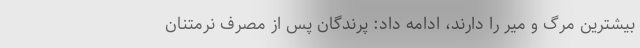
بیشترین مرگ و میر را دارند، ادامه داد: پرندگان پس از مصرف نرمتنان